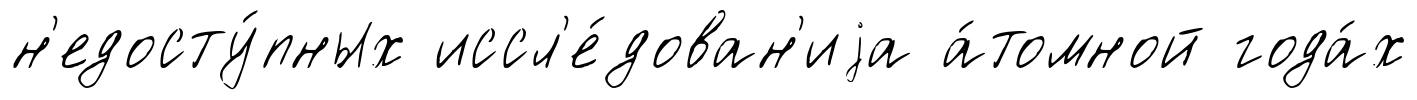
н'едосту́пных иссл'е́дован'иjа а́томной года́х